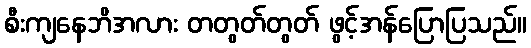
စီးကျနေဘိအလား တတွတ်တွတ် ဖွင့်အန်ပြောပြသည်။